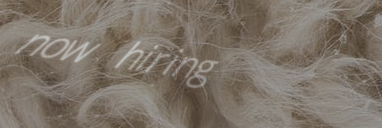
now hiring